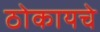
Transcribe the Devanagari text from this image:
ठोकायचे